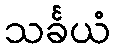
သင်္ခယံ